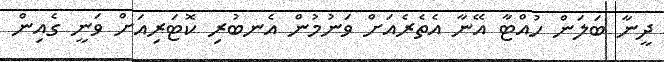
ދީނާ ބަލަން ހުއްޓާ އޭނާ އެތެރެއަށް ވަނުމުން އެނބުރި ކޮޓަރިއަށް ވަނީ ގެއިން